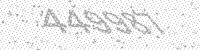
Solution: 449987